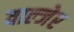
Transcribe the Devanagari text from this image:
वाल्जेर